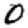
Digit: 0